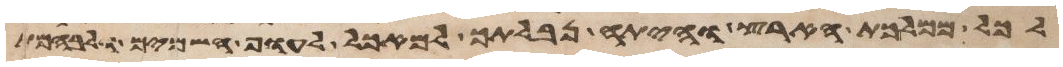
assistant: לכל ממלכת הארץ והיתה נבלתך למאכל לעוף השמים ולבהמת